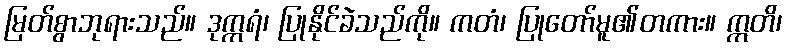
မြတ်စွာဘုရားသည်။ ဒုက္ကရံ၊ ပြုနိုင်ခဲသည်ကို။ ကတံ၊ ပြုတော်မူ၏တကား။ ဣတိ၊